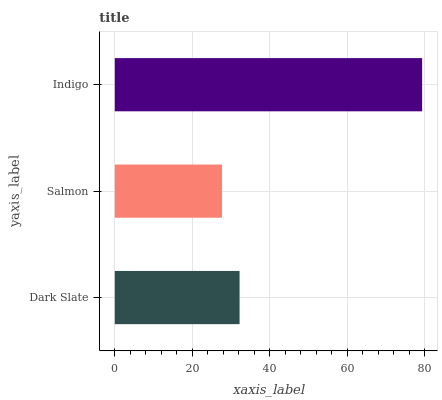
| yaxis_label | bars |
 | --- | --- |
 | Dark Slate | 32.2 |
 | Salmon | 27.7 |
 | Indigo | 79.3 |